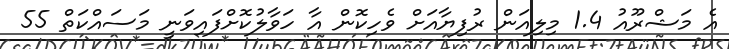
އެ މަޝްރޫއު 1.4 މިލިއަން ރުފިޔާއަށް ވެހިކޮން އާ ހަވާލުކޮށްފައިވަނީ މަސައްކަތް 55